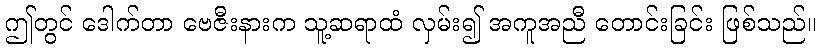
ဤတွင် ဒေါက်တာ ဗေဇီးနားက သူ့ဆရာထံ လှမ်း၍ အကူအညီ တောင်းခြင်း ဖြစ်သည်။